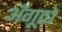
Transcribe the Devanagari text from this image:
अँगूठो